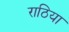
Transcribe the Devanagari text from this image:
राठिया